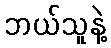
ဘယ်သူနဲ့